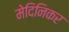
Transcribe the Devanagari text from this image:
मेदिनिकर